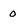
Character: 0